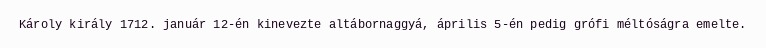
Károly király 1712. január 12-én kinevezte altábornaggyá, április 5-én pedig grófi méltóságra emelte.